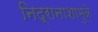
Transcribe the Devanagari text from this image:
निद्रानाशामुळे